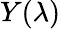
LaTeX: Y(\lambda)